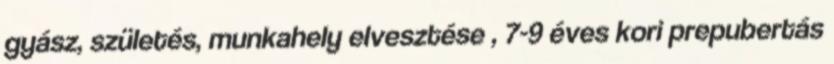
gyász, születés, munkahely elvesztése , 7-9 éves kori prepubertás